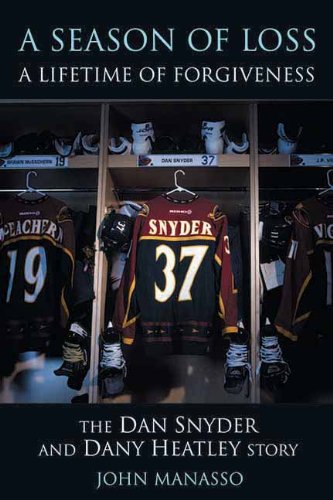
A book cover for A Season of Loss, a Lifetime of Forgiveness: The Dan Snyder and Dany Heatley Story; John Manasso; Biographies & Memoirs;